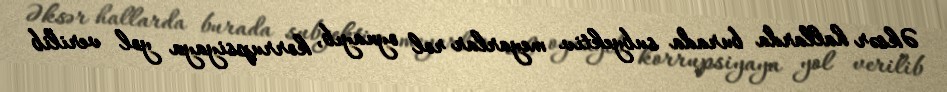
Əksər hallarda burada subyektiv meyarlar rol oynayıb, korrupsiyaya yol verilib